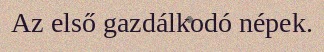
Az első gazdálkodó népek.